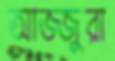
আজ্জুরা